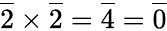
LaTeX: {\overline{{2}}}\times{\overline{{2}}}={\overline{{4}}}={\overline{{0}}}